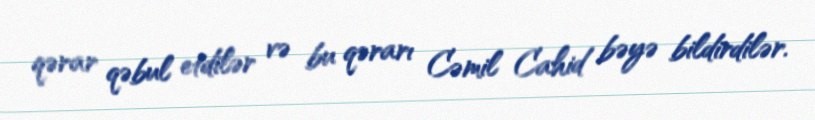
qərar qəbul etdilər və bu qərarı Cəmil Cahid bəyə bildirdilər.